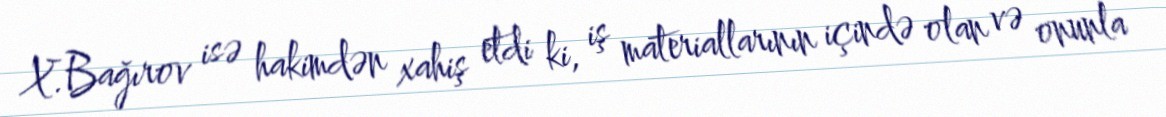
X.Bağırov isə hakimdən xahiş etdi ki, iş materiallarının içində olan və onunla